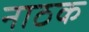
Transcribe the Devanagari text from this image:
नाठक